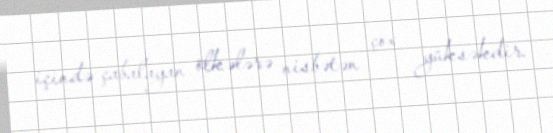
içində çabalayan ölkələrə nisbətən çox yüksəkdir.